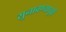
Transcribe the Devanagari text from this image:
सुनावण्यापूर्वी